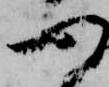
つ